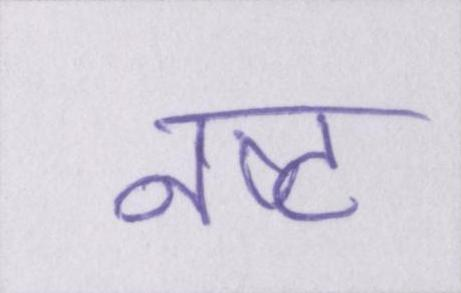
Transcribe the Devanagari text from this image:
नष्ट